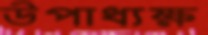
উপাধ্যক্ষ